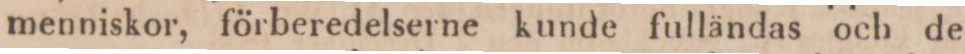
menniskor, förberedelserne kunde fulländas och de